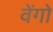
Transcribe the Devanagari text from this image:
वेंगो